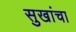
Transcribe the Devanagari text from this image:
सुखांचा